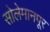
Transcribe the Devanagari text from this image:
सोलेमानपूर